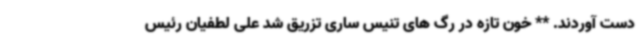
دست آوردند. ** خون تازه در رگ های تنیس ساری تزریق شد علی لطفیان رئیس